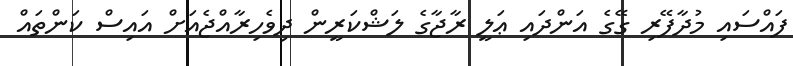
ފައްސައި މުދާފޭރި ގޭގެ އަންދައި ޢަލީ ރާޖާގެ ލަޝްކަރީން ދިވެހިރާއްޖެއަށް އައިސް ކަންތައް